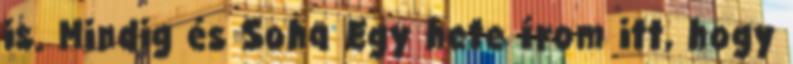
is. Mindig és Soha Egy hete írom itt, hogy